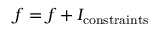
f = f + I _ { \mathrm { c o n s t r a i n t s } }